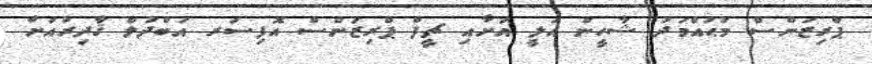
ޕްރިޒަންސް މުޙައްމަދު ޝާހީން އަލީ އަށާއި ޗީފް ޕްރިޒަންސް އޮފިސަރ އަބްދުލް ޤާދިރުއަށް